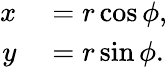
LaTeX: \begin{array}{rl}{x}&{{}=r\cos\phi,}\\ {y}&{{}=r\sin\phi.}\end{array}